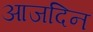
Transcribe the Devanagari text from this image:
आजदिन